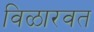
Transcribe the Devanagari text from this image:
विळारवत